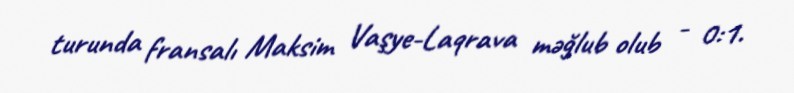
turunda fransalı Maksim Vaşye-Laqrava məğlub olub - 0:1.